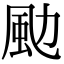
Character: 𩖙